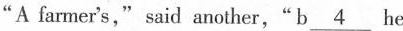
"A farmer's," said another,"b\underline{4} he